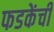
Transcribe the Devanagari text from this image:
फडकेंची